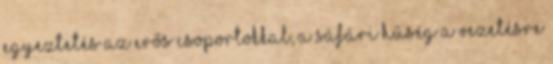
egyeztetés az erős csoportokkal, A sáfári hűség a vezetésre